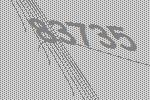
83735